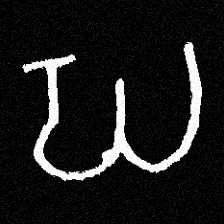
Pyu character \u2014 Myanmar letter: ဃ (romanized: gha)